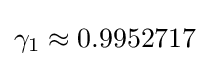
\gamma _{1}\approx 0.9952717